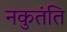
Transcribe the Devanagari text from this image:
नकुतंति